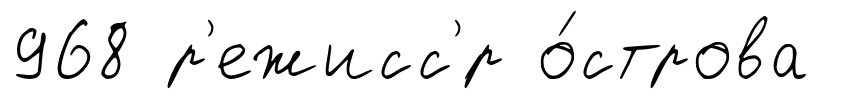
968 р'ежисс'́р о́строва